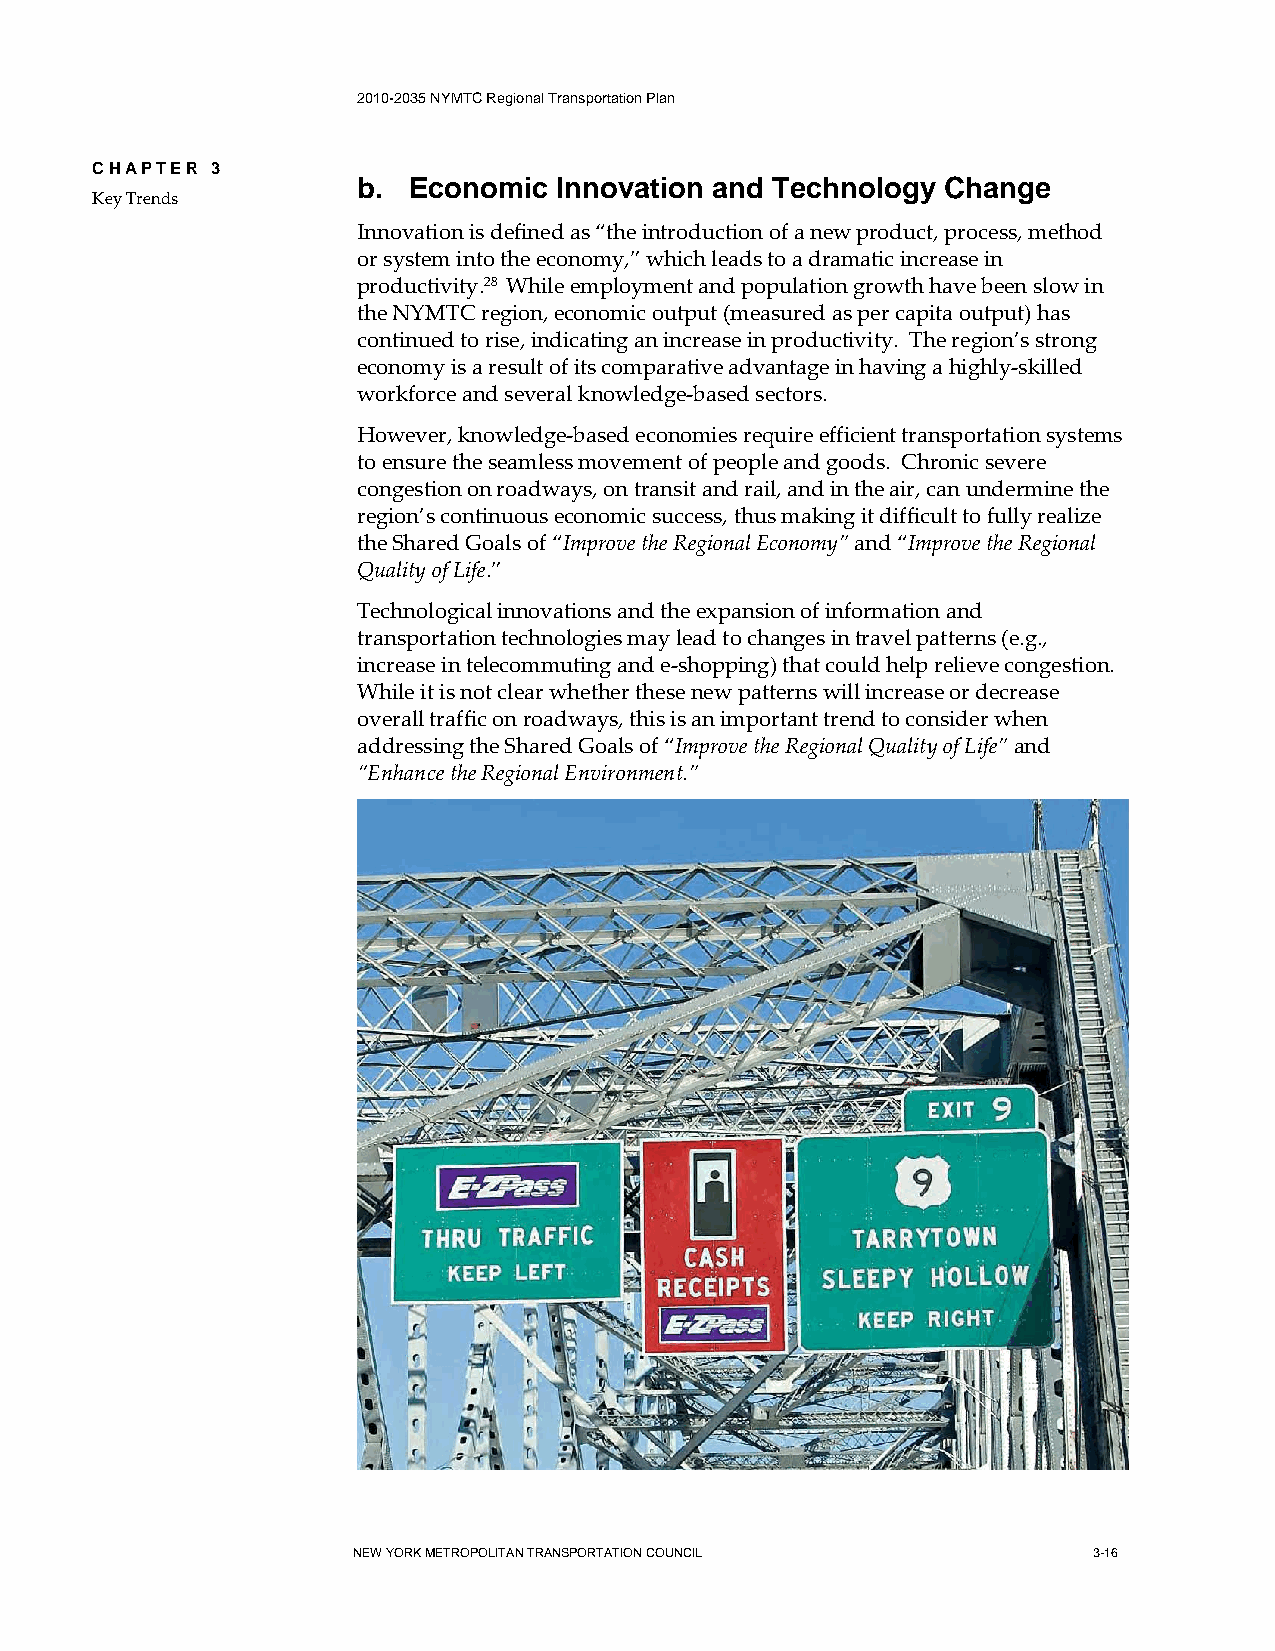
2010-2035 NYMTC Regional Transportation Plan
 CHAPTER 3
 b. Economic  Innovation and Technology Change
 Key Trends
 Innovation is defined as “the introduction of a new product, process, method
 or system into the economy,” which leads to a dramatic increase in
 productivity.28 While employment and population growth have been slow in
 the NYMTC region, economic output (measured as per capita output) has
 continued to rise, indicating an increase in productivity. The region’s strong
 economy is a result of its comparative advantage in having a highly-skilled
 workforce and several knowledge-based sectors.
 However, knowledge-based economies require efficient transportation systems
 to ensure the seamless movement of people and goods. Chronic severe
 congestion on roadways, on transit and rail, and in the air, can undermine the
 region’s continuous economic success, thus making it difficult to fully realize
 the Shared Goals of “Improve the Regional Economy” and “Improve the Regional
 Quality of Life.”
 Technological innovations and the expansion of information and
 transportation technologies may lead to changes in travel patterns (e.g.,
 increase in telecommuting and e-shopping) that could help relieve congestion.
 While it is not clear whether these new patterns will increase or decrease
 overall traffic on roadways, this is an important trend to consider when
 addressing the Shared Goals of “Improve the Regional Quality of Life” and
 “Enhance the Regional Environment.”
 NEW YORK METROPOLITAN TRANSPORTATION COUNCIL     3-16